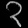
Digit: ၃